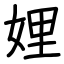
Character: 娌